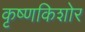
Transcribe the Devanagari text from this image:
कृष्णकिशोर